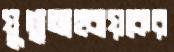
যুগ্মআহ্বায়কের